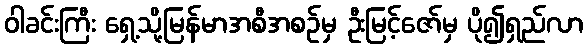
ဝါခင်းကြီး ရှေ့သို့မြန်မာအစီအစဉ်မှ ဦးမြင့်ဇော်မှ ပို၍ရှည်လာ